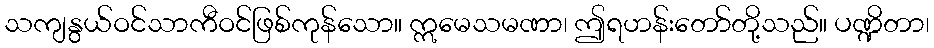
သကျနွယ်ဝင်သာကီဝင်ဖြစ်ကုန်သော။ ဣမေသမဏာ၊ ဤရဟန်းတော်တို့သည်။ ပဏ္ဍိတာ၊